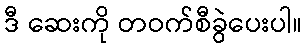
ဒီ ဆေးကို တဝက်စီခွဲပေးပါ။